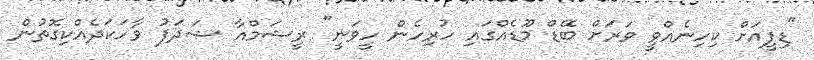
"ޑިފީއަށް ކިހިނެއްވީ ވަރަށް ބޭޑް މޫޑެއްގައި ހުރިހެން ހީވަނީ" ރީޝަމްއާ ޝަދަފު ވާހަކަދެއްކިގޮތުން